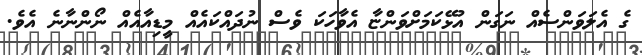
ގެ އެލަވަންސެއް ނަގަން އުޅޭކަމަށްވަންޏާ އެވާހަކަ ވެސް ނުދައްކައެއް މީޑިއާއެއް ނޯންނާނެ އެވެ.